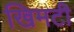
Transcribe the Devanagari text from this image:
खिमटी